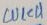
Text: CUICU